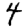
Digit: 4